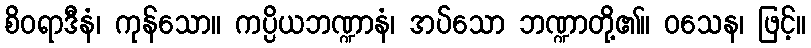
စိဝရာဒီနံ၊ ကုန်သော။ ကပ္ပိယဘဏ္ဍာနံ၊ အပ်သော ဘဏ္ဍာတို့၏။ ဝသေန၊ ဖြင့်။